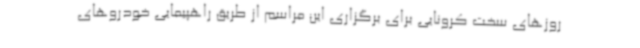
روزهای سخت کرونایی برای برگزاری این مراسم از طریق راهپیمایی خودروهای